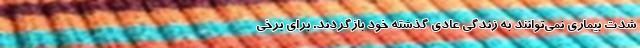
شدت بیماری نمی‌توانند به زندگی عادی گذشته خود بازگردند. برای برخی